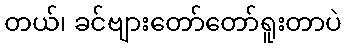
တယ်၊ ခင်ဗျားတော်တော်ရူးတာပဲ